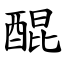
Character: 醌